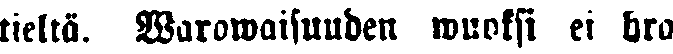
tieltä. Warowaisuuden wuoksi ei hra